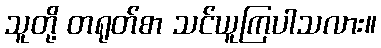
သူတို့ တရုတ်စာ သင်ယူကြပါသလား။